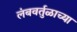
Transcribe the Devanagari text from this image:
लंबवर्तुळाच्या